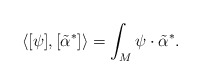
\begin{align*}\langle [\psi], [\tilde{\alpha}^*] \rangle= \int_M \psi\cdot\tilde{\alpha}^* .\end{align*}